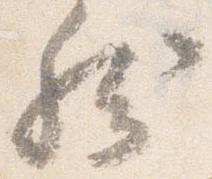
然